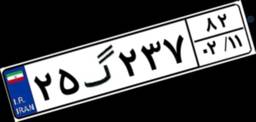
۲۵گ۲۳۷۸۲